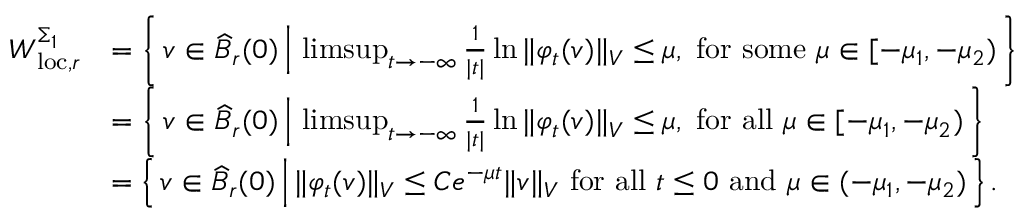
\begin{array} { r l } { W _ { \mathrm { l o c } , r } ^ { \Sigma _ { 1 } } } & { = \left\{ \, v \in \widehat { B } _ { r } ( 0 ) \, \Big \vert \, \operatorname* { l i m s u p } _ { t \to - \infty } \frac { 1 } { | t | } \ln { \Vert \varphi _ { t } ( v ) \Vert _ { V } } \leq \mu , \mathrm { ~ f o r ~ s o m e ~ } \mu \in [ - \mu _ { 1 } , - \mu _ { 2 } ) \, \right\} } \\ & { = \left\{ \, v \in \widehat { B } _ { r } ( 0 ) \, \Big \vert \, \operatorname* { l i m s u p } _ { t \to - \infty } \frac { 1 } { | t | } \ln { \Vert \varphi _ { t } ( v ) \Vert _ { V } } \leq \mu , \mathrm { ~ f o r ~ a l l ~ } \mu \in [ - \mu _ { 1 } , - \mu _ { 2 } ) \, \right\} } \\ & { = \left\{ \, v \in \widehat { B } _ { r } ( 0 ) \, \Big \vert \, \Vert \varphi _ { t } ( v ) \Vert _ { V } \leq C e ^ { - \mu t } \Vert v \Vert _ { V } \mathrm { ~ f o r ~ a l l ~ } t \leq 0 \mathrm { ~ a n d ~ } \mu \in ( - \mu _ { 1 } , - \mu _ { 2 } ) \, \right\} . } \end{array}